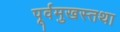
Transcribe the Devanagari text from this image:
पूर्वमुखस्तथा